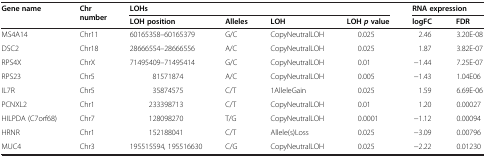
| <ROWSPAN=2> Gene name | <ROWSPAN=2> Chr number | <COLSPAN=4> LOHs | <COLSPAN=2> RNA expression |
 | LOH position | Alleles | LOH | LOHpvalue | logFC | FDR |
 | --- | --- | --- | --- | --- | --- | --- | --- |
 | MS4A14 | Chr11 | 60165358–60165379 | G/C | CopyNeutralLOH | 0.025 | 2.46 | 3.20E-08 |
 | DSC2 | Chr18 | 28666554–28666556 | A/C | CopyNeutralLOH | 0.025 | 1.87 | 3.82E-07 |
 | RPS4X | ChrX | 71495409–71495414 | G/C | CopyNeutralLOH | 0.01 | −1.44 | 7.25E-07 |
 | RPS23 | Chr5 | 81571874 | A/C | CopyNeutralLOH | 0.005 | −1.43 | 1.04E06 |
 | IL7R | Chr5 | 35874575 | C/T | 1AlleleGain | 0.025 | 1.59 | 6.69E-06 |
 | PCNXL2 | Chr1 | 233398713 | C/T | CopyNeutralLOH | 0.01 | 1.20 | 0.00027 |
 | HILPDA (C7orf68) | Chr7 | 128098270 | T/G | CopyNeutralLOH | 0.0001 | −1.12 | 0.00094 |
 | HRNR | Chr1 | 152188041 | C/T | Allele(s)Loss | 0.025 | −3.09 | 0.00796 |
 | MUC4 | Chr3 | 195515594, 195516630 | C/G | CopyNeutralLOH | 0.025 | −2.22 | 0.01230 |